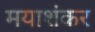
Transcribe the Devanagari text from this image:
मयाशंकर